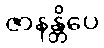
ဇာနန္တိပေ